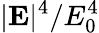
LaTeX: |\mathbf{E}|^{4}/E_{0}^{4}